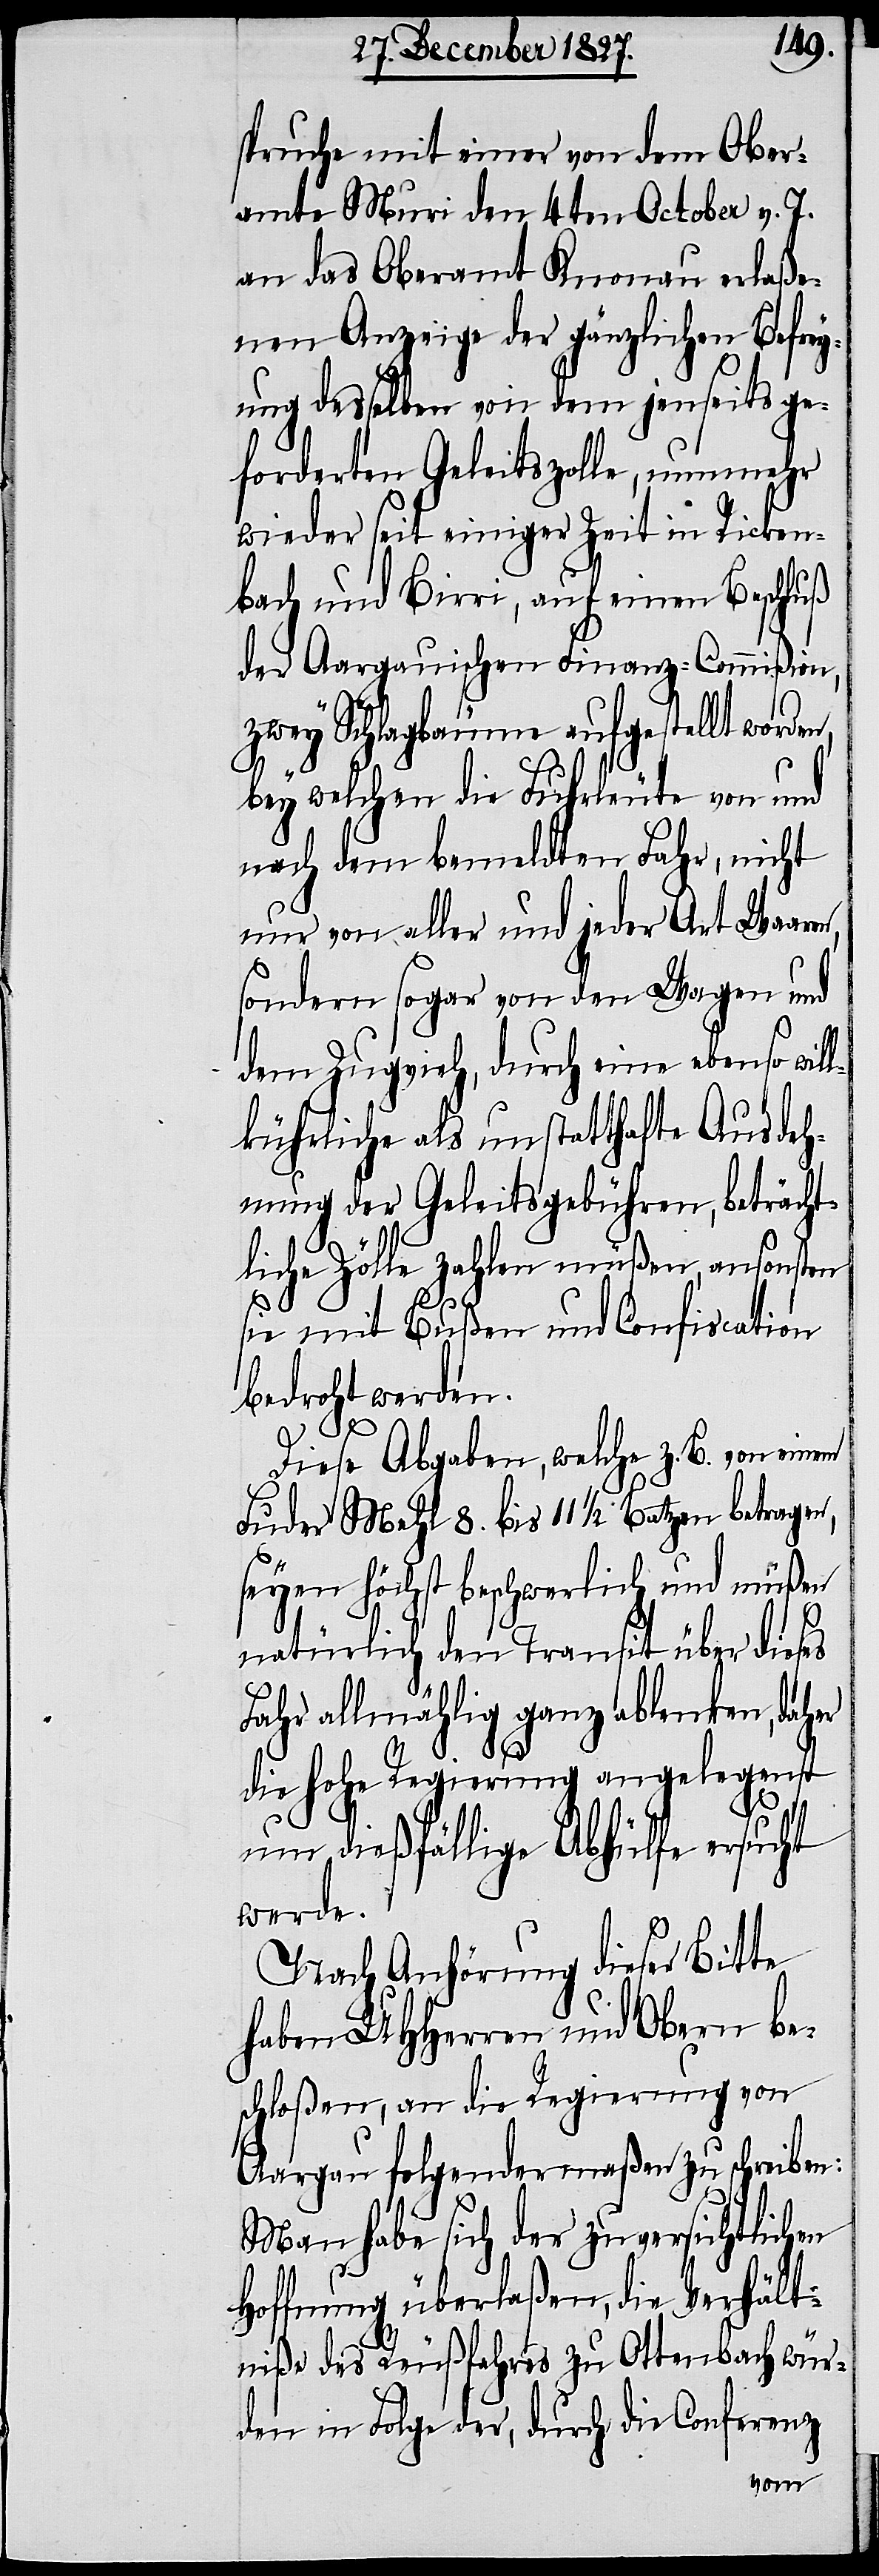
spruche mit einer von dem Ober¬
amte Muri den 4ten October v. J.
an das Oberamt Knonau erlaße¬
nen Anzeige der gänzlichen Befrey¬
ung desselben von dem jenseits ge¬
forderten Geleitszolle, nunmehr
wieder seit einiger Zeit in Ricken¬
bach und Birri, auf einen Beschluß
der Aargauischen Finanz-Commißion,
zwey Schlagbäume aufgestellt worden,
bey welchen die Fuhrleute von und
nach dem bemeldten Fahr, nicht
nur von aller und jeder Art Waaren,
sondern sogar von den Wagen und
dem Zugvieh, durch eine ebenso will¬
kührliche als unstatthafte Ausdeh¬
nung der Geleitsgebühren, beträcht¬
liche Zölle zahlen müßen, ansonsten
sie mit Bußen und Confiscation
bedroht werden.
Diese Abgaben, welche z. B. von einem
Fuder Mehl 8. bis 11 ½. Batzen betragen,
seyen höchst beschwerlich und müßen
natürlich den Transit über dieses
Fahr allmählig ganz ablenken, daher
die hohe Regierung angelegenst
um dießfällige Abhülfe ersucht
werde.
Nach Anhörung dieser Bitte
haben UHHerren und Obern be¬
schloßen, an die Regierung von
Aargau folgendermaßen zu schreiben:
Man habe sich der zuversichtlichen
Hoffnung überlaßen, die Verhält¬
niße des Reußfahres zu Ottenbach wür¬
den in Folge der, durch die Conferenz